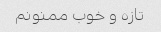
تازه و خوب ممنونم